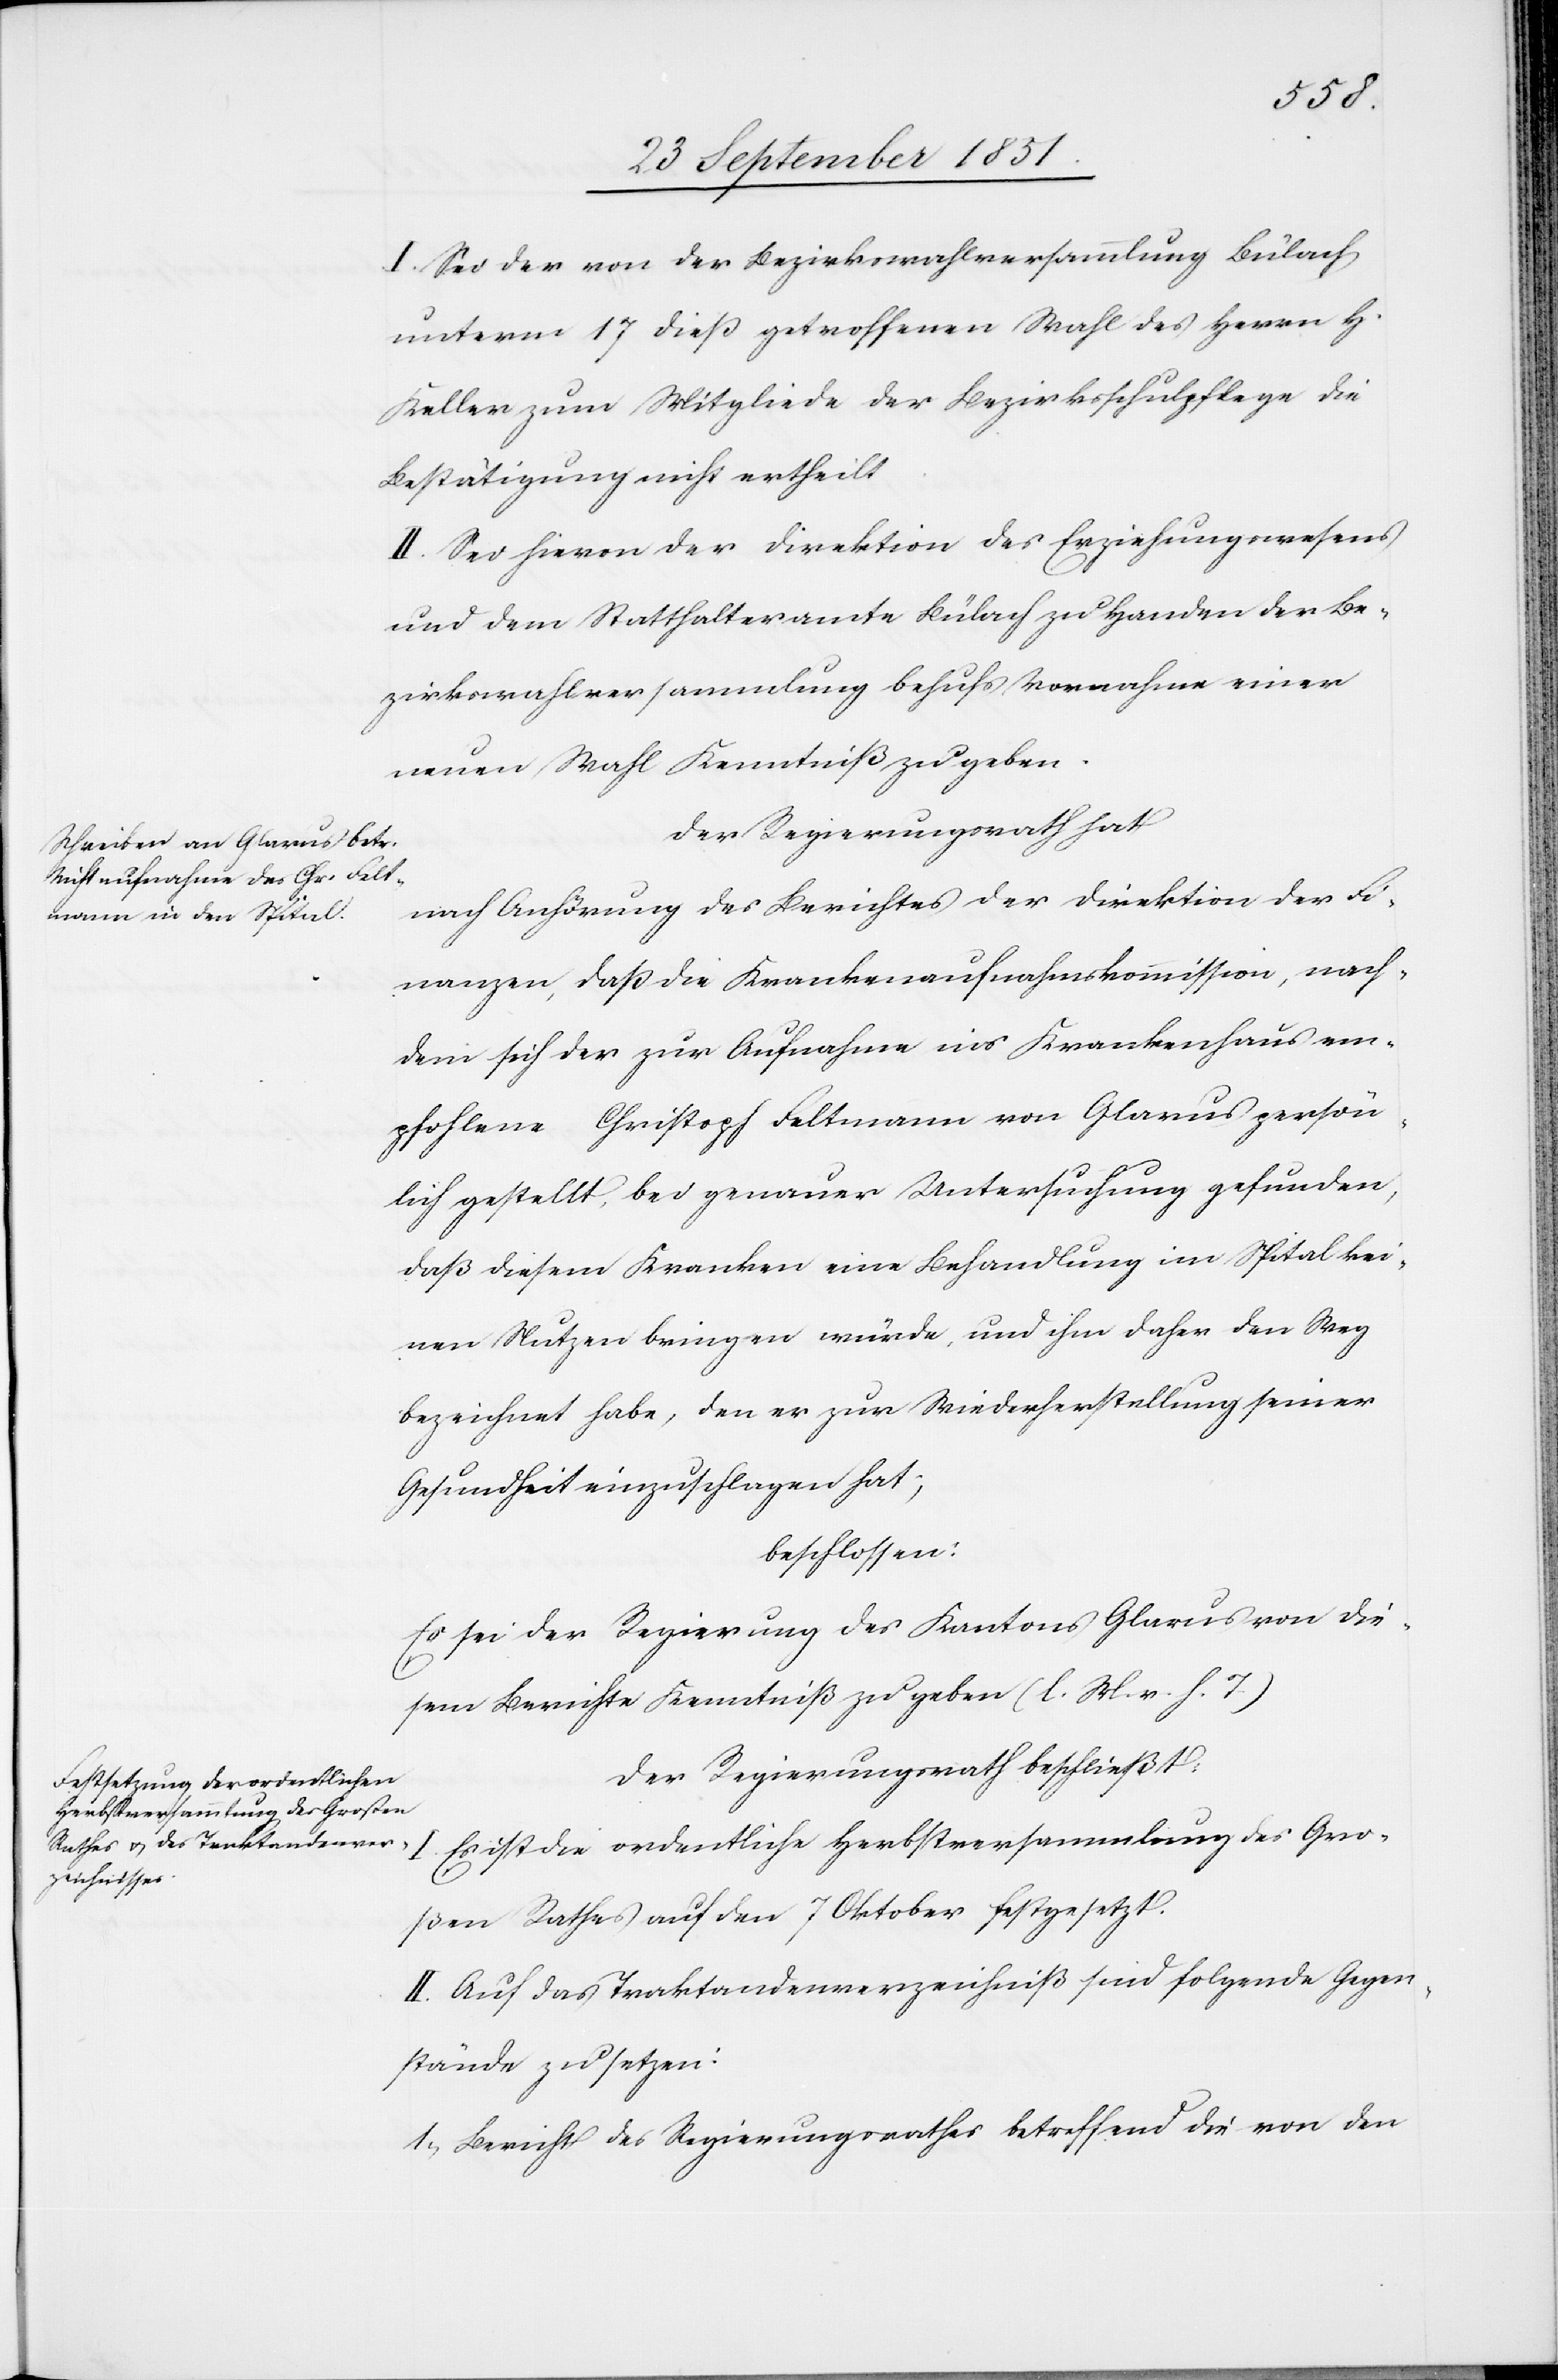
I. Sei der von der Bezirkswahlversammlung Bülach
unterm 17 dieß getroffenen Wahl des Herrn H.
Keller zum Mitgliede der Bezirksschulpflege die
Bestätigung nicht ertheilt.
II. Sei hievon der Direktion des Erziehungswesens
und dem Statthalteramte Bülach zu Handen der Be¬
zirkswahlversammlung behufs Vornahme einer
neuen Wahl Kenntniß zu geben.
Der Regierungsrath hat
nach Anhörung des Berichtes der Direktion der Fi¬
nanzen, daß die Krankenaufnahmskommission, nach¬
dem sich der zur Aufnahme ins Krankenhaus em¬
pfohlene Christoph Feltmann von Glarus persön¬
lich gestellt, bei genauer Untersuchung gefunden,
daß diesem Kranken eine Behandlung im Spital kei¬
nen Nutzen bringen würde, und ihm daher den Weg
bezeichnet habe, den er zur Wiederherstellung seiner
Gesundheit einzuschlagen hat;
beschlossen:
Es sei der Regierung des Kantons Glarus von die¬
sem Berichte Kenntniß zu geben (l. M. v. h. T.)
Der Regierungsrath beschließt:
I. Es ist die ordentliche Herbstversammlung des Gro¬
ßen Rathes auf den 7 Oktober festgesetzt.
II. Auf das Traktandenverzeichniß sind folgende Gegen¬
stände zu setzen:
Bericht des Regierungsrathes betreffend die von den